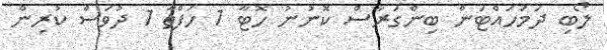
ލޯބި ދަމަހައްޓަން ބިންގަރާސް ކޮނުނު ހޮޓާ 1 ހަފްތާ 1 ދުވަސް ކުރިން